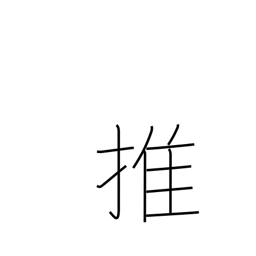
Meaning: support